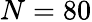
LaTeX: N=80